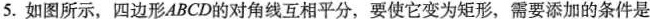
5.如图所示，四边形ABCD的对角线互相平分，要使它变为矩形，需要添加的条件是